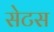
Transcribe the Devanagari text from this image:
सेटस